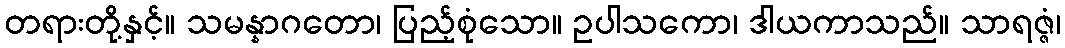
တရားတို့နှင့်။ သမန္နာဂတော၊ ပြည့်စုံသော။ ဥပါသကော၊ ဒါယကာသည်။ သာရဇ္ဇံ၊